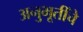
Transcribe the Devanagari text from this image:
अनुभूतींचे